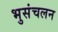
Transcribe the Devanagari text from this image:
भुसंचलन